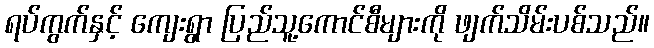
ရပ်ကွက်နှင့် ကျေးရွာ ပြည်သူ့ကောင်စီများကို ဖျက်သိမ်းပစ်သည်။